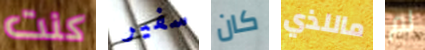
كنت سفير كان ماللذي لم